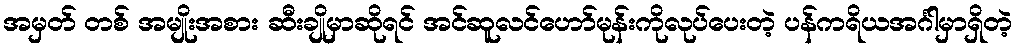
အမှတ် တစ် အမျိုးအစား ဆီးချိုမှာဆိုရင် အင်ဆူလင်ဟော်မုန်းကိုလုပ်ပေးတဲ့ ပန်ကရိယအင်္ဂါမှာရှိတဲ့